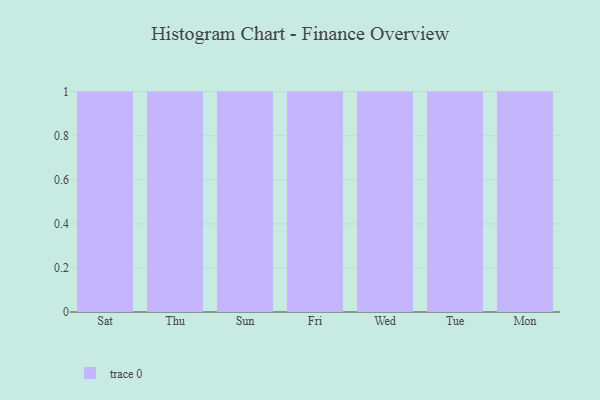
{"axis": {"x": "Day", "y": "Operating Costs (USD K)"}, "legend": [""], "data": [{"x": "Sat", "y": 91, "type": ""}, {"x": "Thu", "y": 39, "type": ""}, {"x": "Sun", "y": 11, "type": ""}, {"x": "Fri", "y": 75, "type": ""}, {"x": "Wed", "y": 66, "type": ""}, {"x": "Tue", "y": 77, "type": ""}, {"x": "Mon", "y": 69, "type": ""}]}